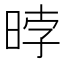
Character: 㫲